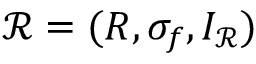
{ \mathcal { R } } = ( R , \sigma _ { f } , I _ { \mathcal { R } } )